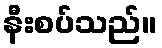
နီးစပ်သည်။